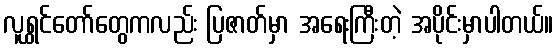
လူရွှင်တော်တွေကလည်း ပြဇာတ်မှာ အရေးကြီးတဲ့ အပိုင်းမှာပါတယ်။